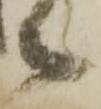
候